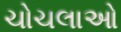
ચોચલાઓ